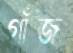
গাঁজ